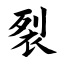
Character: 裂